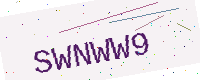
Text: SWNWW9